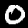
Digit: 0